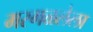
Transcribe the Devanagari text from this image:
मरगळलेला